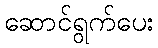
ဆောင်ရွက်ပေး